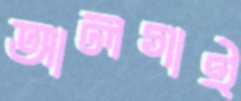
আলগাই